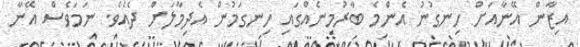
އިޒާން އޭނާއަށް ހިނގުނު އެންމެ ބާރުމިނެއްގައި ހިނގަމުން އެދިމާލަށް ދެއެވެ. ނަމަވެސް އޭނާ